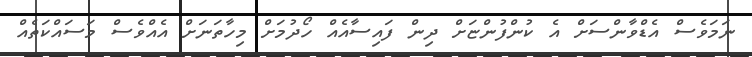
ނަމަވެސް އެޑްވާންސަށް އެ ކުންފުންޏަށް ދިން ފައިސާއެއް ހޯދުމަށް މިހާތަނަށް އެއްވެސް މަސައްކަތެއް